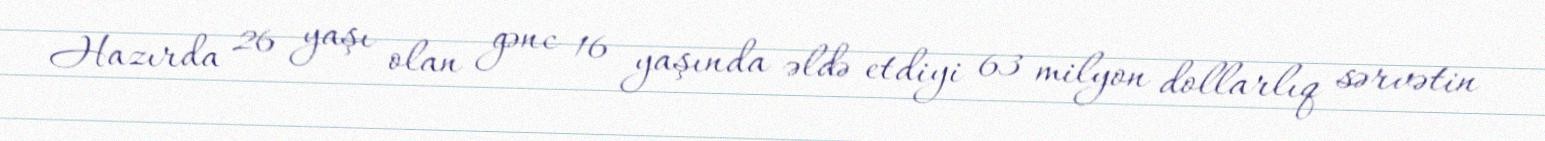
Hazırda 26 yaşı olan gənc 16 yaşında əldə etdiyi 63 milyon dollarlıq sərvətin